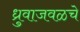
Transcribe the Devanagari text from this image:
ध्रुवाजवळचे